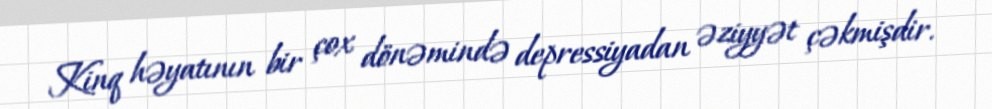
Kinq həyatının bir çox dönəmində depressiyadan əziyyət çəkmişdir.